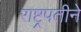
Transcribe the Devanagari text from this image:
राष्ट्रपतीने